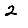
Digit: 2